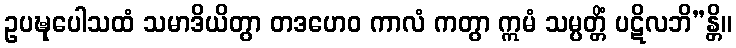
ဥပဍ္ဎုပေါသထံ သမာဒိယိတွာ တဒဟေဝ ကာလံ ကတွာ ဣမံ သမ္ပတ္တိံ ပဋိလဘိ”န္တိ။